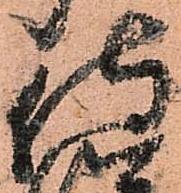
侍